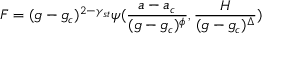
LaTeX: F = ( g - g _ { c } ) ^ { 2 - \gamma _ { s t } } \psi ( { \frac { a - a _ { c } } { ( g - g _ { c } ) ^ { \phi } } } , { \frac { H } { ( g - g _ { c } ) ^ { \Delta } } } )